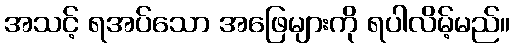
အသင့် ရအပ်သော အဖြေများကို ရပါလိမ့်မည်။